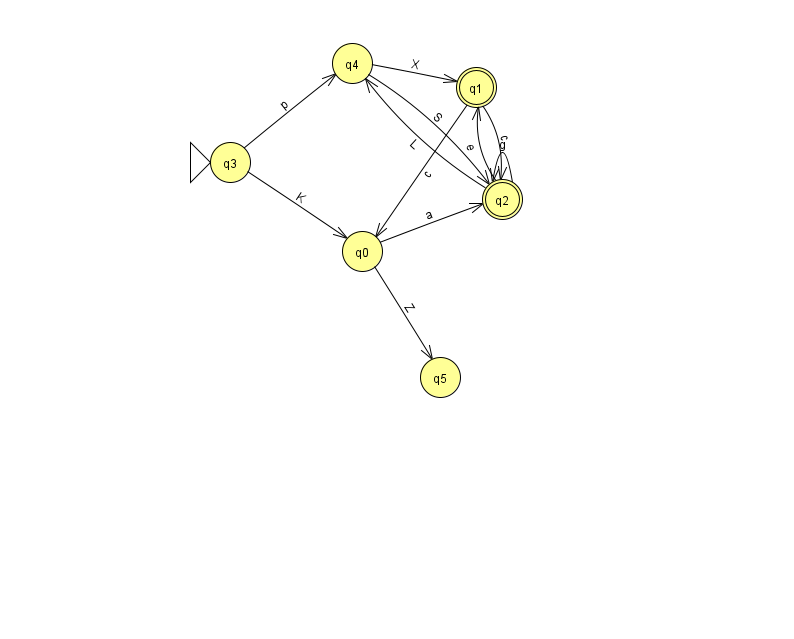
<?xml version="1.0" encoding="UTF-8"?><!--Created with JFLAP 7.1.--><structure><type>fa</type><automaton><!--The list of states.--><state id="0" name="q0"><x>362.0</x><y>238.0</y></state><state id="1" name="q1"><x>476.0</x><y>74.0</y><final/></state><state id="2" name="q2"><x>502.0</x><y>186.0</y><final/></state><state id="3" name="q3"><x>230.0</x><y>149.0</y><initial/></state><state id="4" name="q4"><x>352.0</x><y>50.0</y></state><state id="5" name="q5"><x>440.0</x><y>364.0</y></state><!--The list of transitions.--><transition><from>0</from><to>5</to><read>Z</read></transition><transition><from>4</from><to>2</to><read>S</read></transition><transition><from>4</from><to>1</to><read>X</read></transition><transition><from>1</from><to>0</to><read>c</read></transition><transition><from>2</from><to>2</to><read>g</read></transition><transition><from>3</from><to>0</to><read>K</read></transition><transition><from>1</from><to>2</to><read>c</read></transition><transition><from>0</from><to>2</to><read>a</read></transition><transition><from>2</from><to>4</to><read>L</read></transition><transition><from>2</from><to>1</to><read>e</read></transition><transition><from>3</from><to>4</to><read>p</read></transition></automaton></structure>